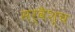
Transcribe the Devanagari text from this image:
सर्वैश्‍च